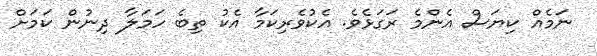
ނަމެއް ކިޔަސް އެންމެ ރަގަޅެވެ. އެކުވެރިކަމާ އެކު ތިބެ ހަމަލާ ދިނުން ކަމަށް